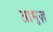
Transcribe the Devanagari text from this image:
तामुज़